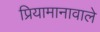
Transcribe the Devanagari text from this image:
प्रियामानावाले